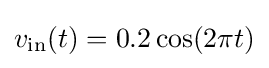
v_{\mathrm {in} }(t)=0.2\cos(2\pi t)